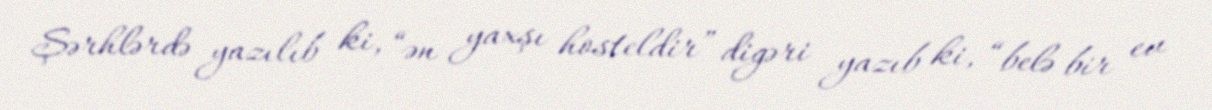
Şərhlərdə yazılıb ki, “ən yaxşı hosteldir” digəri yazıb ki, “belə bir ev